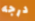
درجه